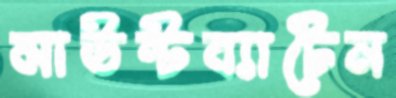
মাউন্টব্যাটেন